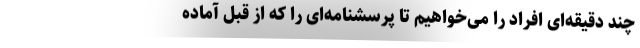
چند دقیقه‌ای افراد را می‌خواهیم تا پرسشنامه‌ای را که از قبل آماده